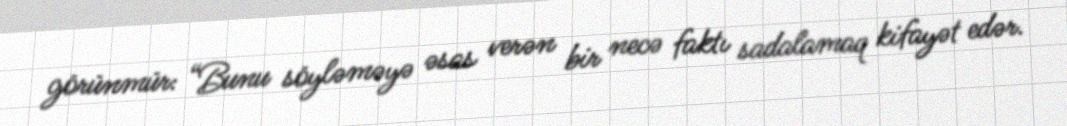
görünmür: “Bunu söyləməyə əsas verən bir necə faktı sadalamaq kifayət edər.